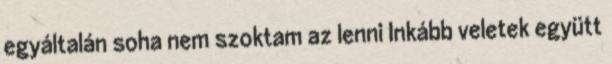
egyáltalán soha nem szoktam az lenni Inkább veletek együtt